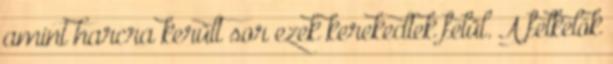
amint harcra került sor ezek kerekedtek felül. A felkelők